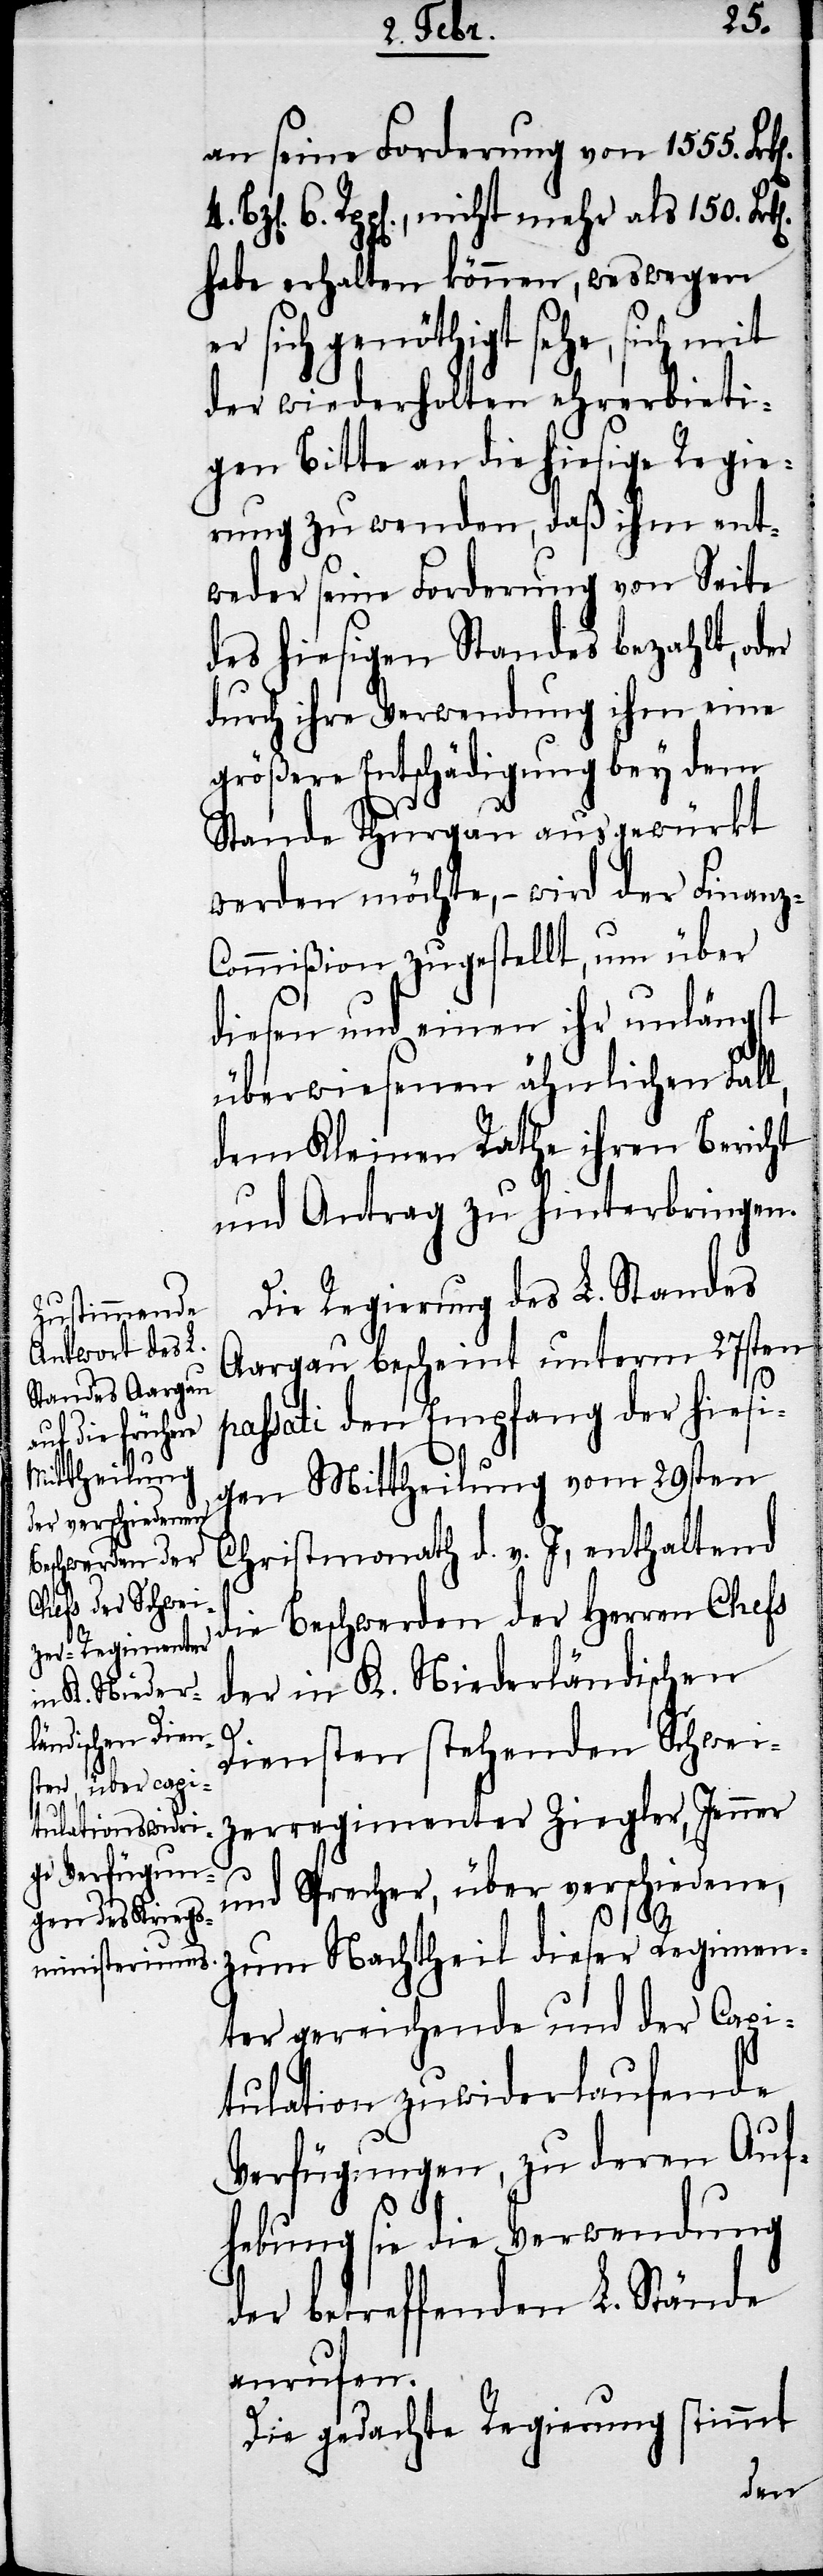
l,

an seine Forderung von 1555.
6. Rpp[en]., nicht mehr als 150.
habe erhalten können, weswegen
sich genöthigt sehe, sich mit
der wiederholten ehrerbieti¬
gen Bitte an die hiesige Regie¬
rung zu wenden, daß ihm ent¬
weder seine Forderung von Seite
des hiesigen Standes bezahlt, o¬
durch ihre Verwendung ihm eine
größere Entschädigung bey dem
Stande Thurgau ausgewürkt
werden möchte, – wird der Finanz-C¬
ommißion zugestellt, um über
diesen und einen ihr unlängst
überwiesenen ähnlichen Fal¬
dem Kleinen Rathe ihren Bericht
und Antrag zu hinterbringen.
Die Regierung des L. Standes
Aargau bescheint unterm 27sten
passati den Empfang der hiesi¬
gen Mittheilung vom 29sten
Christmonath d. v. J., enthaltend
die Beschwerden der Herren Chefs
der in K. Niederländischen
Diensten stehenden Schwei¬
zerregimenter Ziegler, Jenner
und Sprecher, über verschiedene,
zum Nachtheil dieser Regimen¬
ter gereichende und der Capi¬
tulation zuwiderlaufende
Verfügungen, zu deren Auf¬
hebung sie die Verwendung
der betreffenden L. Stände
anrufen.
Die gedachte Regierung stimmt
der